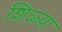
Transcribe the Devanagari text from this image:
शिळ्या